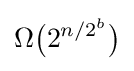
\Omega {\big (}2^{n/2^{b}}{\big )}